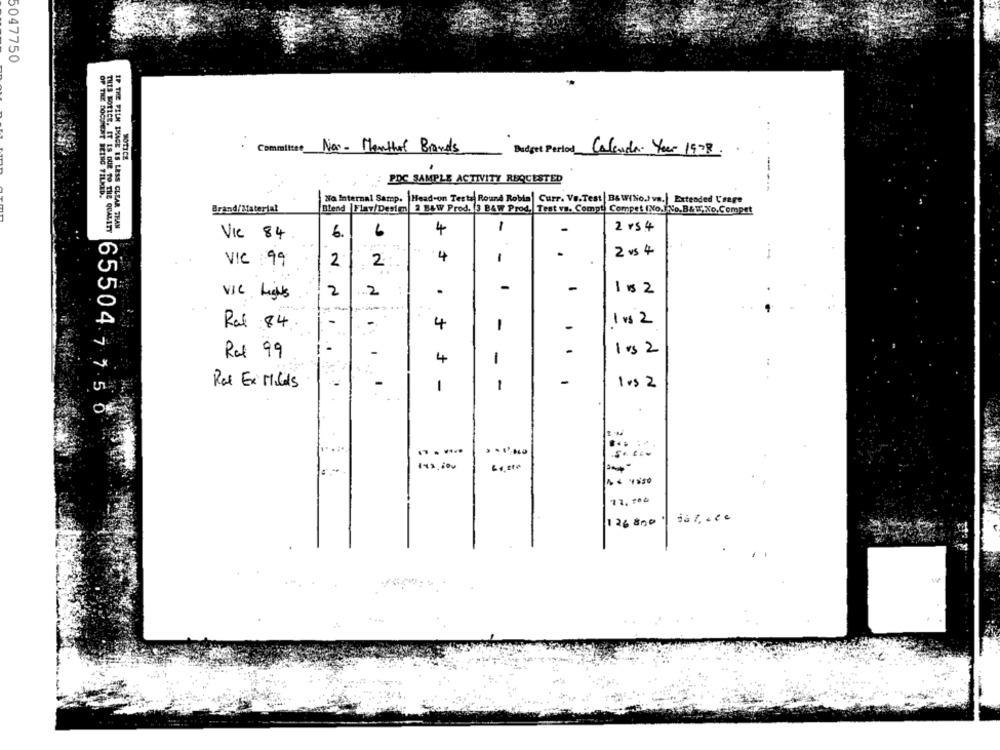
5047750
Commitee Nav- Monthof Brands
Budget Period Calendar Year 1978
NOTICE
THIS BOTLEE. IT IS OUR TO
PDC SAMPLE ACTIVITY REQUESTED
Na Internal Samp. Head-on Testa Round Robin | Curr. Ve.Test B&W(No.) va.| Extended Usage
Brand/Material
Blend Flay/Desim 2 B&W Prod. 3 BAW Prod. Test vs. Compt, Compet (No. No.B&W.No,Compet
2 vs 4
IF THE FILM IMAGE IS LESS CLEAR THAN
6.
6
4
-
1
Vic 84
2 vs 4
...
VIC 99
2
2
4
-
-
2
2
.
-
182
VIC Lights
1 vs 2
Ral 84
4
1
-
1 . 2
Ral 99
4
.
-
-
Ral Ex Mills
-
1
1 rs 2
65504 7 7 5
.- 4850
72. 100
126 800|81.ce